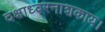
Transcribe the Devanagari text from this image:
दक्षाध्वरनाशकाय।